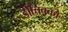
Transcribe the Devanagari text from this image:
डीचिक्को